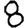
Digit: 8